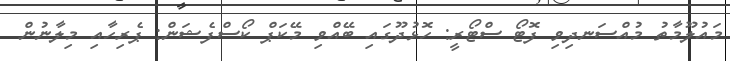
މައުލޫމާތު މުއްސަނދިވި ފޮޓޯ ސްޓޯރީ: ހޮޅުދޫގައި ބޭއްވި މޭކަޕް ކޯސްފެޝަން: ޕެރިހާއި މިލާނުން